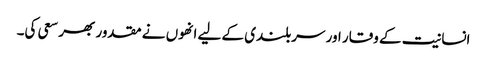
انسانیت کے وقار اور سربلندی کے لیے انھوں نے مقدور بھر سعی کی۔